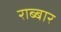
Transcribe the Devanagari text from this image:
राब्बार